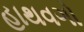
હાથવગો